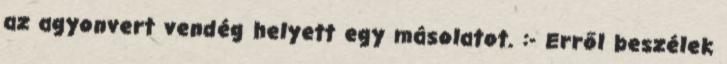
az agyonvert vendég helyett egy másolatot. :- Erről beszélek